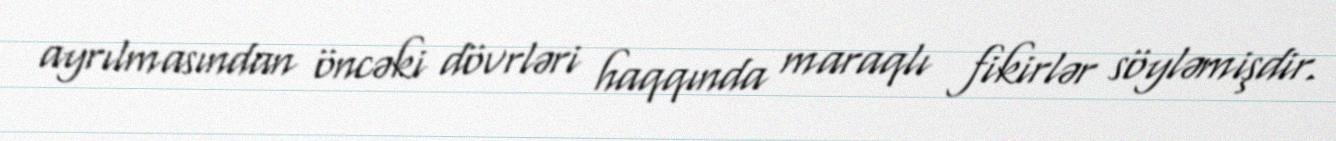
ayrılmasından öncəki dövrləri haqqında maraqlı fikirlər söyləmişdir.